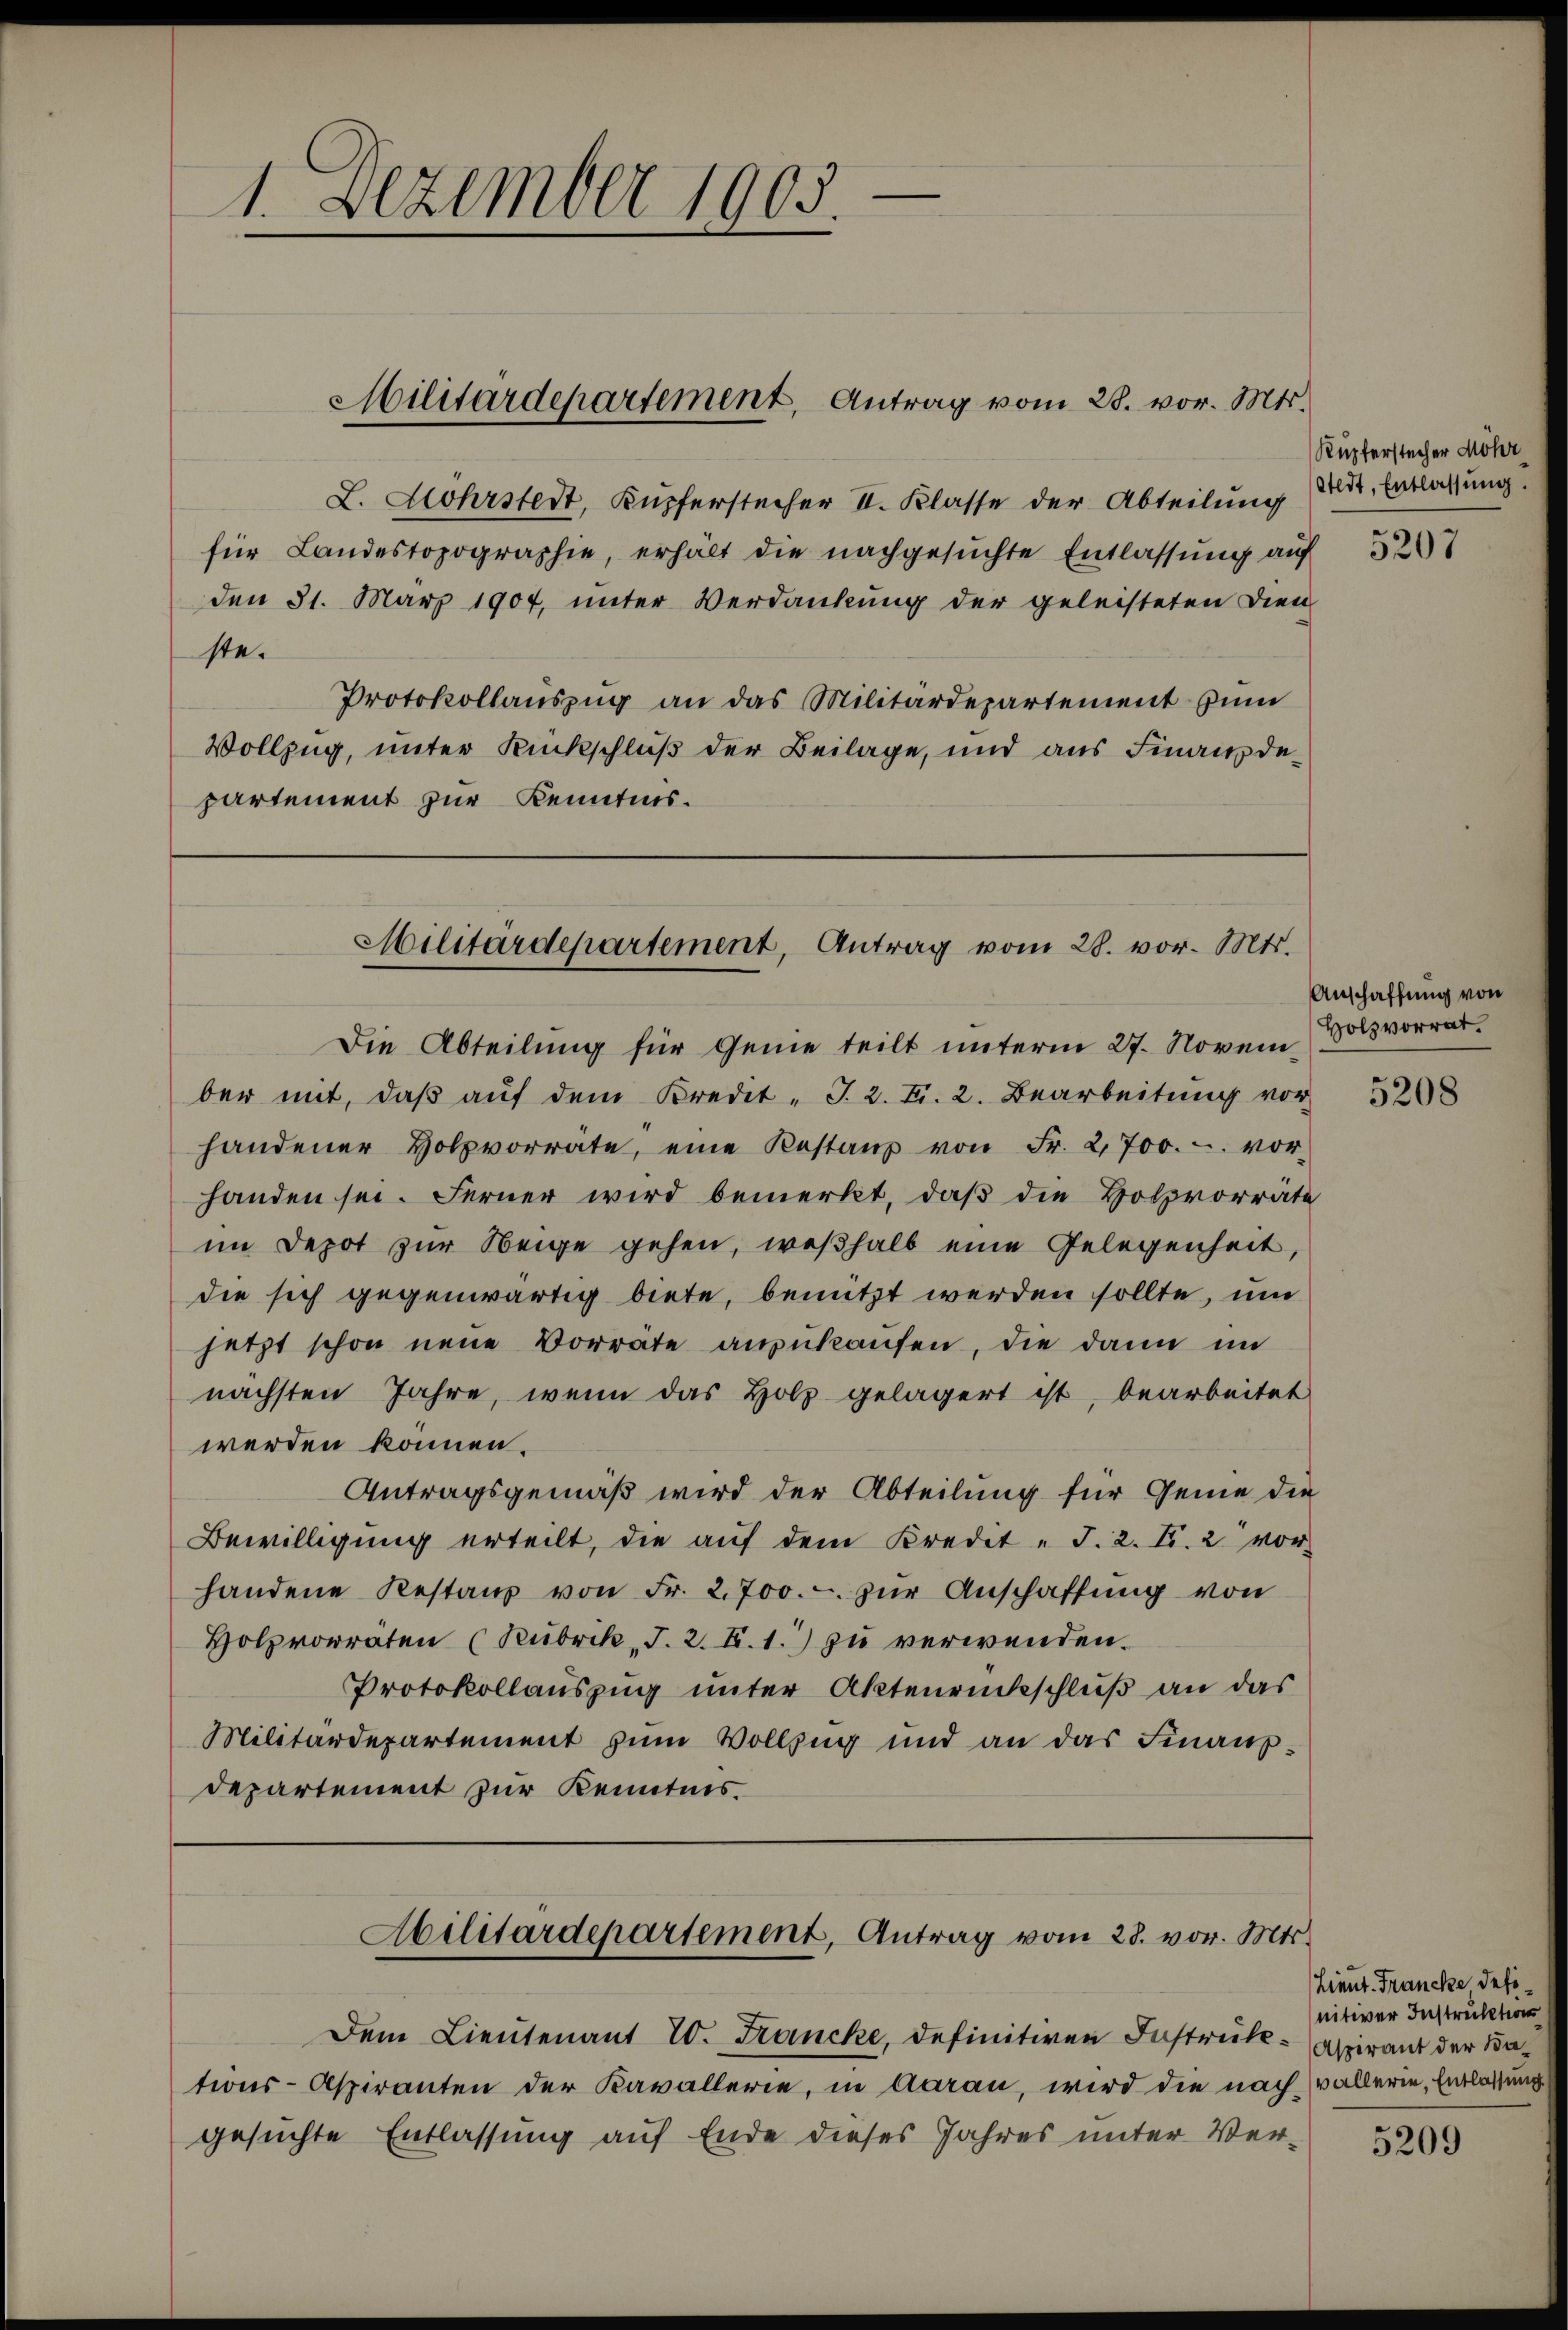
L. Mohrstert, Kupferstecher II. Klasse der Abteilung Art. Entlassung.
für Landestopographie, erhält die nachgesuchte Entlassung auf
den 31. März 1907, ŭnter Verdankŭng der geleisteten Dien
ste.
Protokollauszug an das Militärdepartement zum
Vollzug, unter Rückschluß der Beilage, und aus Finanzdepartement zur Kenntnis.

1. Dezember 1905.

Militärdepartement, Antrag vom 28. vor. Mts.

Militärdepartement, Antrag vom 28. vor. Mts.

Dem Lieutenant W. Francke, definitiven Instruk-Aspirant der Sations-Aspiranten der Kavallerie, in Aarau, wird die nach vollerie, Entlassung
gesuchte Entlassung auf Ende dieses Jahres unter Ver¬

Abilitärdepartement, Antrag vom 28. vor. Mts.

Kupferstecher Möhr

Die Abteilung für Genie teilt unterm 27. November mit, daß auf dem Kredit- J. 2. Fr. 2. Bearbeitung vor
handener Holzvorräte, eine Restanz von Fr. 2,700.-. vor-
handen sei. Ferner wird bemerkt, daß die Holzvorräte
im Depot zur Neige gehen, weßhalb eine Gelegenheit,
die sich gegenwärtig biete, benützt werden sollte, um
jetzt schon neue Vorräte anzukaufen, die dann im
nächsten Jahre, wenn das Holz gelagert ist, bearbeitet
werden können.
Antragsgemäß wird der Abteilung für Gemie die
Bewilligung erteilt, die aŭf dem Kredit " J. 2. Fr. 2 vor
handene Restanz von Fr. 2700.- zŭr Anschaffŭng von
Holzvorräten (Kubrik „J. 2. X. 1.) zu verwenden.
Protokollauszug unter Aktenrückschluß an das
Militärdepartement zum Vollzug und an das Finanzdepartement zur Kenntnis.

5207

Anschaffung von
Holzvorrat.

5208

Lieut. Francke definitiver Instruktions

5209